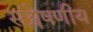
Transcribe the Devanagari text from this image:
संश्लेषणीय